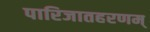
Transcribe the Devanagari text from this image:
पारिजातहरणम्